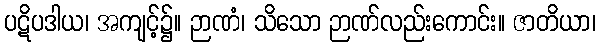
ပဋိပဒါယ၊ အကျင့်၌။ ဉာဏံ၊ သိသော ဉာဏ်လည်းကောင်း။ ဇာတိယာ၊